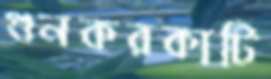
গুনকরকাটি